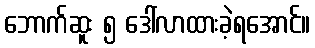
ဘောက်ဆူး ၅ ဒေါ်လာထားခဲ့ရအောင်။